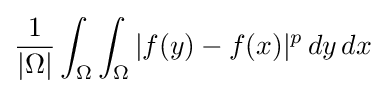
{\frac {1}{|\Omega |}}\int _{\Omega }\int _{\Omega }|f(y)-f(x)|^{p}\,dy\,dx